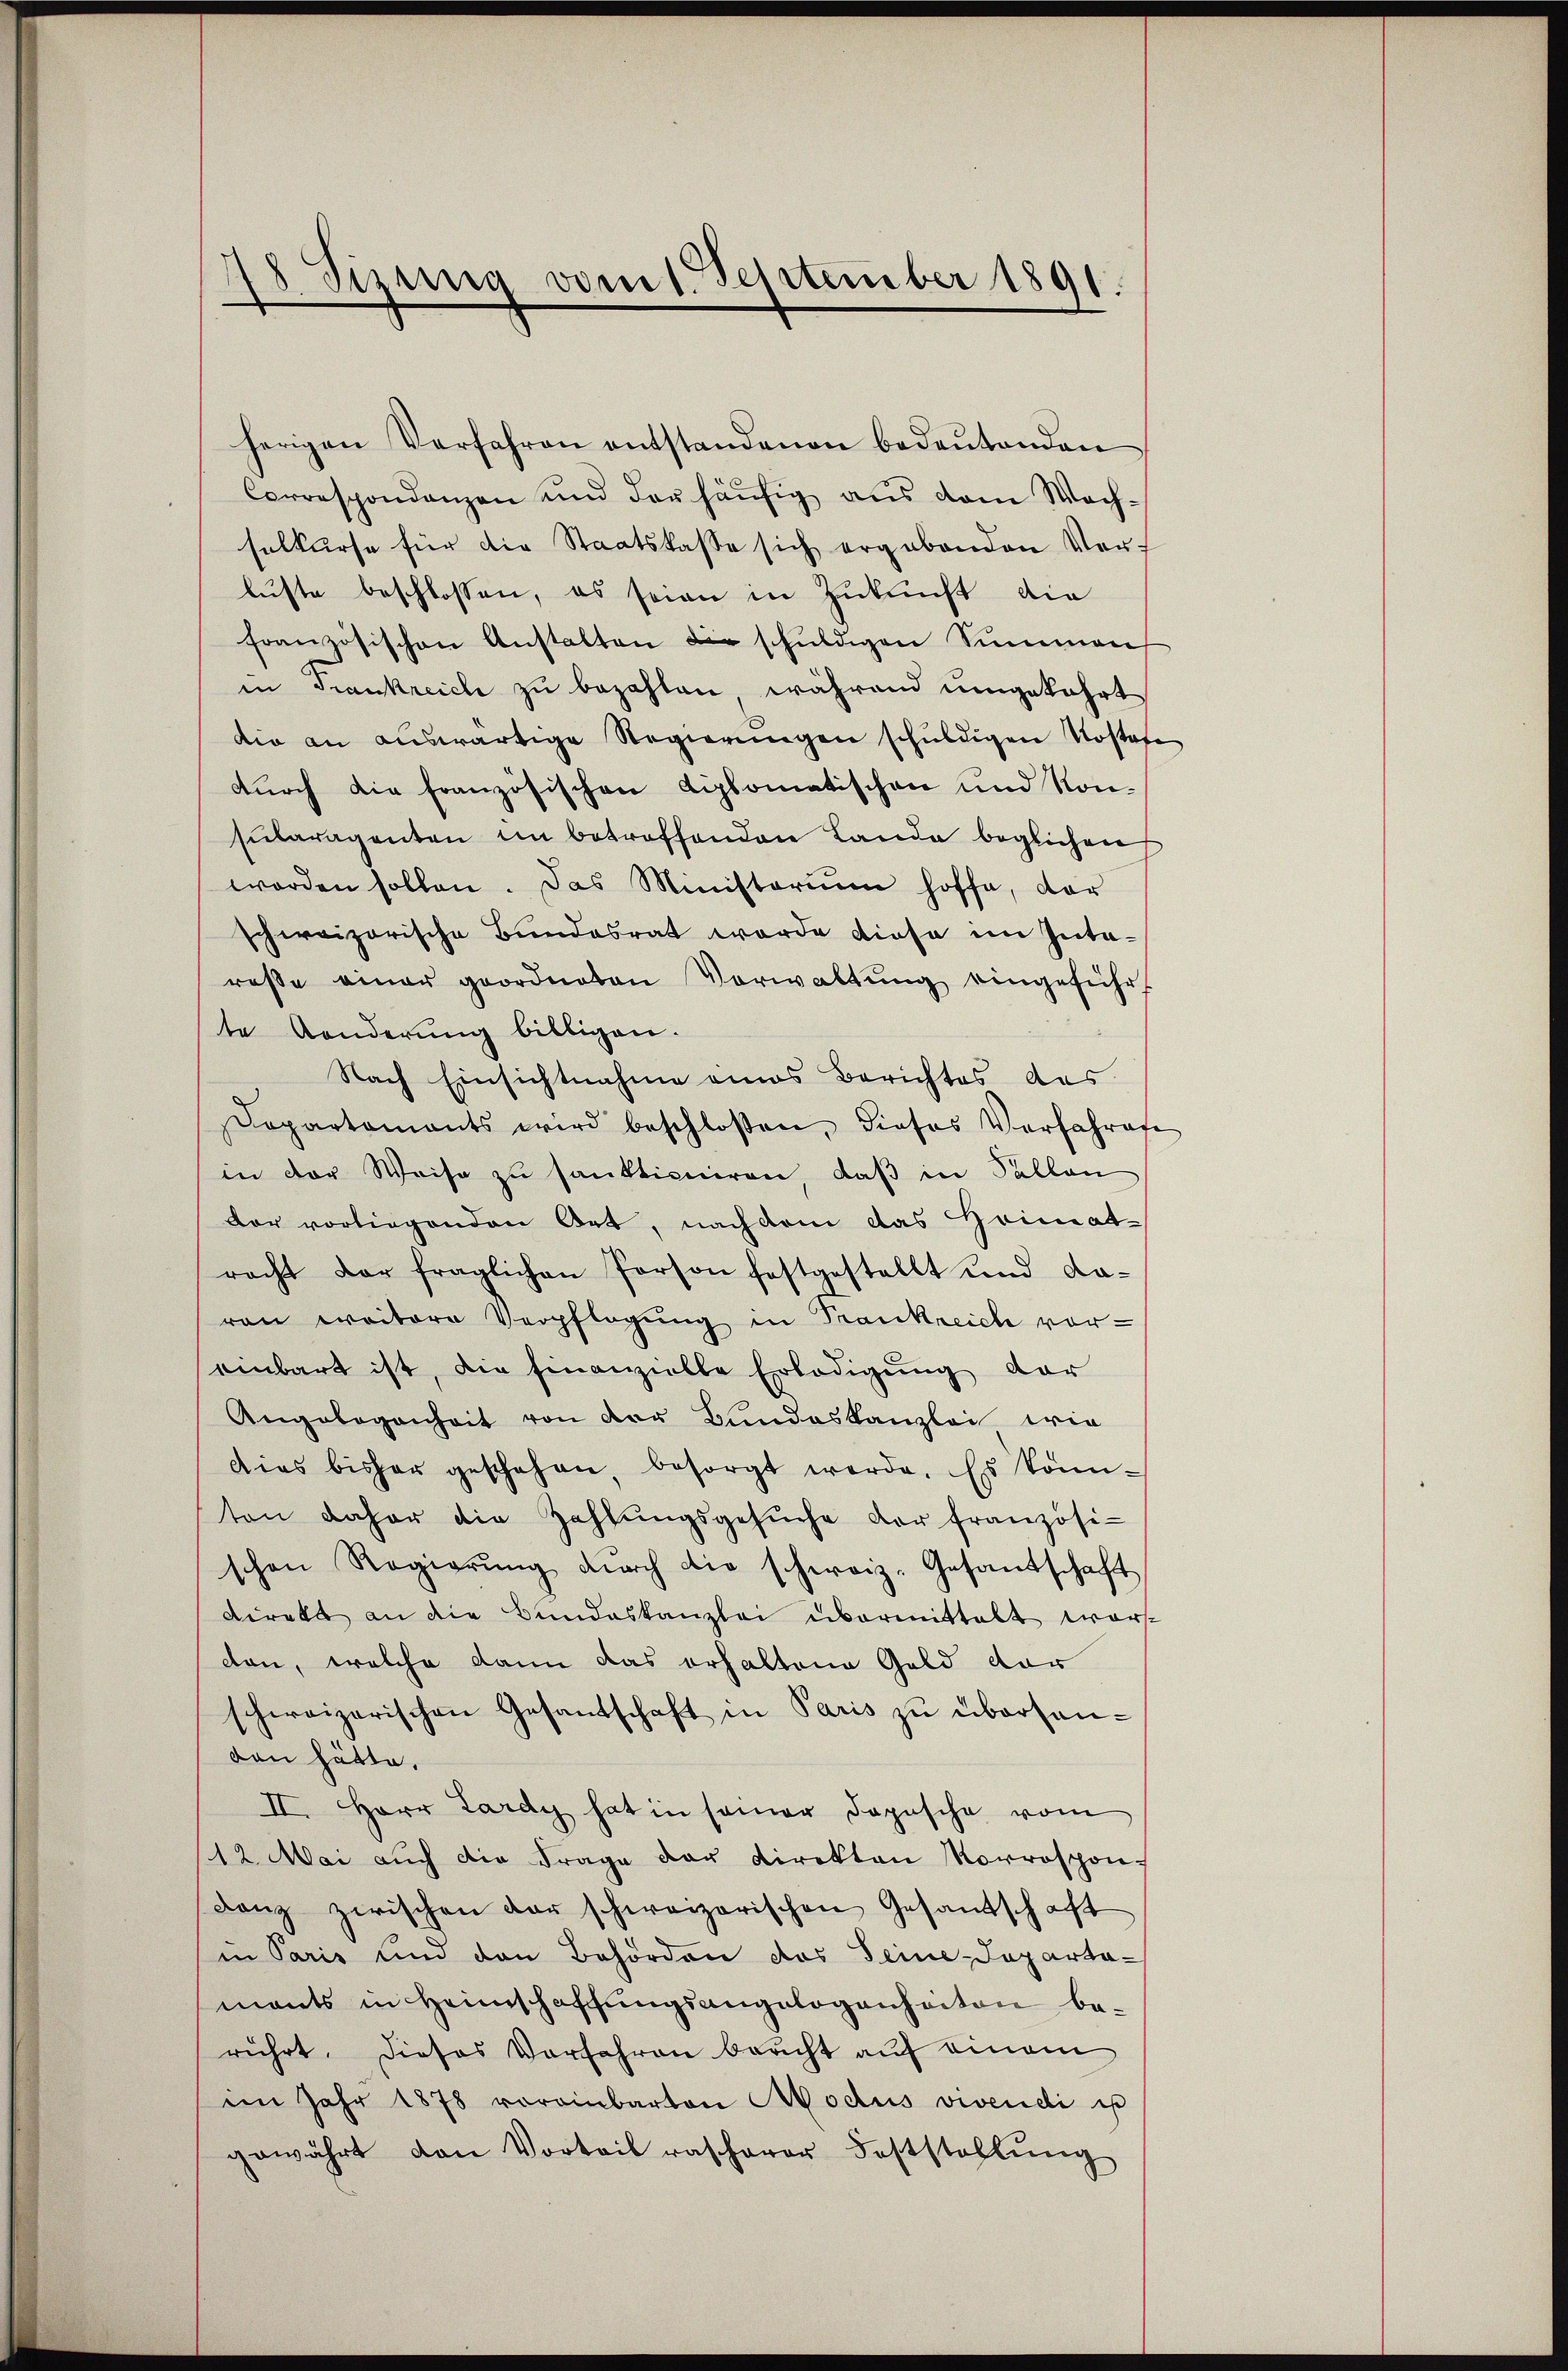
8. Sisung vom 1. September 1891

herigen Verfahren entstandenen bedeŭtenden
Correspondanzen und der häufig aus dem Wachselkurse für die Staatskasse sich ergabenden Vorlüste beschlossen, es seien in Zukunft die
französischen Anstalten die schuldigen Summen
in Trankreich zu bezahlen, während umgekehrt
die an auswärtige Regierungen schuldigen Kostafe
durch die französischen Liplomatischen und Konsularagenten in betroffenden Lande beglichen
worden sollen. Das Ministerium hoffe, der
schweizerische Bundesrat werde diese im Intaresse einer geordneten Verwaltung eingeführ
te Aenderŭng billigen.
Nach Einsichtnahme eines Berichtes des
Dopartaments wird beschlossen, dieses Verfahrafe
in der Weise zŭ sanktioniren, daβ in Fallen
dor vorliegenden Art, nach dem das Heimatracht der fraglichen Person festgestellt und da-
ren weitere Verpflegung in Frankreich vor-
einbart ist, die Einawielle Erledigung der
Angelegenheit von der Bundeskanzlei wie
dies bisher geschehen, besorgt werde. Es könnten daher die Zahlŭngsgesŭche der französi-
schen Regierŭng dŭrch die schweiz. Gesandschaft
direkt an die Bundeskanzlei übermittelt worden, welche dann das erhaltene Geld dar
schweizerischen Gesandschaft in Paris zŭ übersan-
den hätte.
II. Herr Lardy hat in seiner Dopische vom
12. Mai aŭch die Frage der Direkton Vorrespon-
Lanz zwischen der schweizerischen Gesandschaft
in Paris und den Behörden das Seine Departa-
mants in Heimschaffungsangelegenheiten berührt. Dieses Vorfahren bericht auf einem
im Jahr 1878 voreinbarten Modus vivendi is
gewährt den Vorteil rascherer Feststellŭng